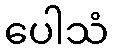
ပေါသံ